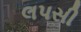
લપસી